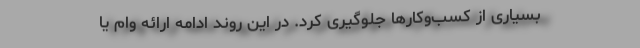
بسیاری از کسب‌و‌کارها جلوگیری کرد. در این روند ادامه ارائه وام یا